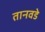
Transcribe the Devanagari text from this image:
तानवडे